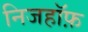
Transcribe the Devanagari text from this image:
निजहॉफ़